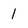
Character: 1